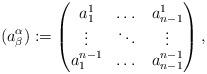
LaTeX: \begin{align*} (a^\alpha_\beta):= \begin{pmatrix} a^1_1 & \dots & a^1_{n-1} \\ \vdots & \ddots & \vdots \\ a^{n-1}_1 & \dots & a^{n-1}_{n-1} \\ \end{pmatrix},\end{align*}